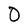
Character: 0